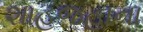
શાહજહાના